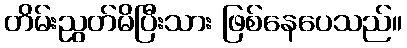
တိမ်းညွတ်မိပြီးသား ဖြစ်နေပေသည်။